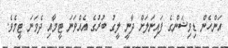
އަންހެން ޑިވިޝަންގެ ފައިނަލަށް ދާނީ ލީގު ބުރުގެ އެއްވަނަ ޓީމާއި ދެވަނަ ޓީމެވެ.